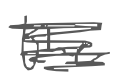
Text: the
Cross-out: scratch
Writing tool: digital_gray